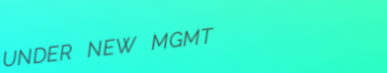
UNDER NEW MGMT